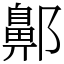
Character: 𨞳